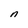
Character: n